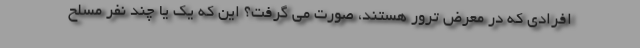
افرادی که در معرض ترور هستند، صورت می گرفت؟ این که یک یا چند نفر مسلح